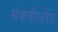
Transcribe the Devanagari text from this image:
मंक्लील्लैंड